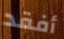
أفقد